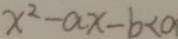
x ^ { 2 } - a x - b < 0